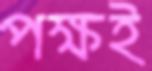
পক্ষই